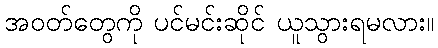
အဝတ်တွေကို ပင်မင်းဆိုင် ယူသွားရမလား။